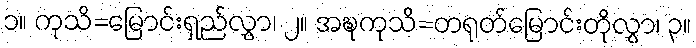
၁။ ကုသိ=မြောင်းရှည်လွှာ၊ ၂။ အဍ္ဎကုသိ=တရုတ်မြောင်းတိုလွှာ၊ ၃။